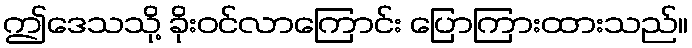
ဤဒေသသို့ ခိုးဝင်လာကြောင်း ပြောကြားထားသည်။